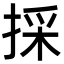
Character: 採